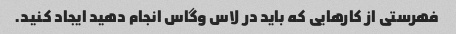
فهرستی از کارهایی که باید در لاس وگاس انجام دهید ایجاد کنید.